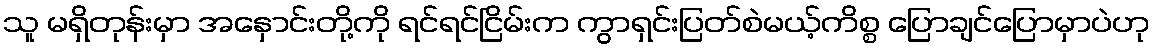
သူ မရှိတုန်းမှာ အနှောင်းတို့ကို ရင်ရင်ငြိမ်းက ကွာရှင်းပြတ်စဲမယ့်ကိစ္စ ပြောချင်ပြောမှာပဲဟု